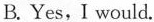
B.Yes, I would.